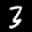
Label: 3